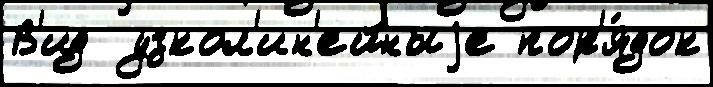
В'ид  узкол'ин'ейныjе пор'я́док